Scientific memoirs by medical officers of the Army of India - Part IX,
Year: 1895
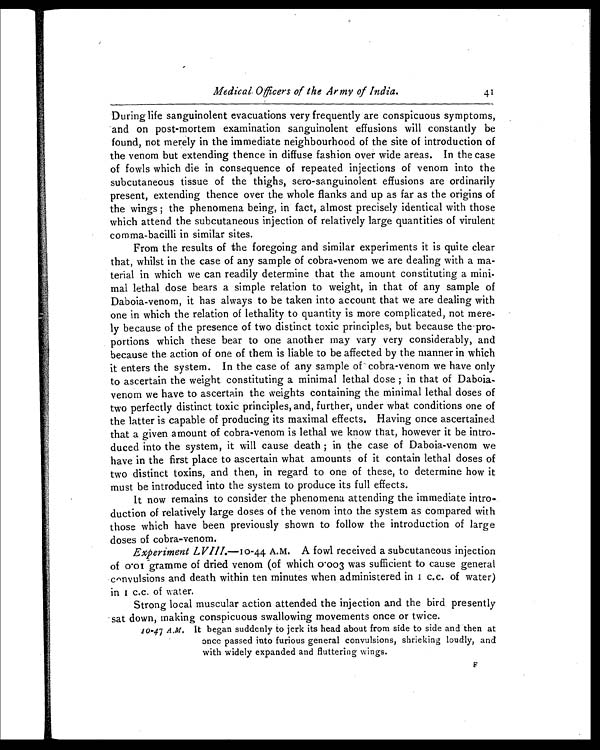
Medical,Officers of the Army of India.
41
During life sanguinolent evacuations very frequently are conspicuous symptoms,
and on post-mortem examination sanguinolent effusions will constantly be
found, not merely in the immediate neighbourhood of the site of introduction of
the venom but extending thence in diffuse fashion over wide areas. In the case
of fowls which die in consequence of repeated injections of venom into the
subcutaneous tissue of the thighs, sero-sanguinolent effusions are ordinarily
present, extending thence over the whole flanks and up as far as the origins of
the wings ; the phenomena being, in fact, almost precisely identical with those
which attend the subcutaneous injection of relatively large quantities of virulent
comma-bacilli in similar sites.
From the results of the foregoing and similar experiments it is quite clear
that, whilst in the case of any sample of cobra-venom we are dealing with a ma-
terial in which we can readily determine that the amount constituting a mini-
mal lethal dose bears a simple relation to weight, in that of any sample of
Daboia-venom, it has always to be taken into account that we are dealing with
one in which the relation of lethality to quantity is more complicated, not mere-
ly because of the presence of two distinct toxic principles, but because the-pro-
portions which these bear to one another may vary very considerably, and
because the action of one of them is liable to be affected by the manner in which
it enters the system. In the case of any sample of cobra-venom we have only
to ascertain the weight constituting a minimal lethal dose ; in that of Daboia-
venom we have to ascertain the weights containing the minimal lethal doses of
two perfectly distinct toxic principles, and, further, under what conditions one of
the latter is capable of producing its maximal effects. Having once ascertained
that a given amount of cobra-venom is lethal we know that, however it be intro-
duced into the system, it will cause death ; in the case of Daboia-venom we
have in the first place to ascertain what amounts of it contain lethal doses of
two distinct toxins, and then, in regard to one of these, to determine how it
must be introduced into the system to produce its full effects.
It now remains to consider the phenomena attending the immediate intro-
duction of relatively large doses of the venom into the system as compared with
those which have been previously shown to follow the introduction of large
doses of cobra-venom.
Experiment LVIII.— 1 0
- 4 4 A . M .
A f o w l r e c e i v e d a s u b c u t a n e o u s i n j e c t i o n
of 0.01 gramme of dried venom (of which 0.00 3 was sufficient to cause general
convulsions and death within ten minutes when administered in 1 c.c. of water)
in 1c . c . o f w a t e r .
Strong local muscular action attended the injection and the bird presently
sat down, making conspicuous swallowing movements once or twice.
10-47 A.M. It began suddenly to jerk its head about from side to side and then at
once passed into furious general convulsions, shrieking loudly, and
with widely expanded and fluttering wings.
F